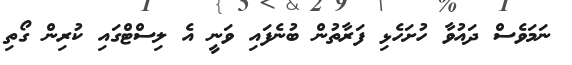
ނަމަވެސް ދައުވާ ހުށަހެޅި ފަރާތުން ބުނެފައި ވަނީ އެ ލިސްޓްގައި ކުރިން ގޯތި